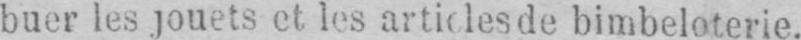
buer les jouets et les articles de bimbeloterie.